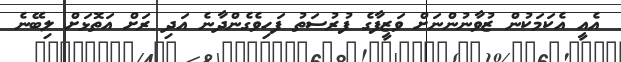
އެއީ އެކަމަކުން ޒުވާނުންނަށް ވަޒީފާގެ ފުރުސަތު ފަހިވެގެންދާނެ އަދި ރަށް އަތޮޅަށް ލިބޭނެ